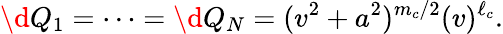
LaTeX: \d Q_{1}=\cdots=\d Q_{N}=(v^{2}+a^{2})^{m_{c}/2}(v)^{\ell_{c}}.